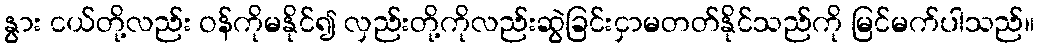
နွား ငယ်တို့လည်း ဝန်ကိုမနိုင်၍ လှည်းတို့ကိုလည်းဆွဲခြင်းငှာမတတ်နိုင်သည်ကို မြင်မက်ပါသည်။